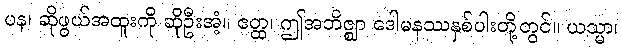
ပန၊ ဆိုဖွယ်အထူးကို ဆိုဦးအံ့။ ဧတ္ထ၊ ဤအဘိဇ္ဈာ ဒေါမနဿနှစ်ပါးတို့တွင်။ ယသ္မာ၊